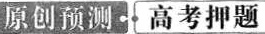
原创预测土高考押题